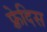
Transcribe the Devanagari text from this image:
फ़्रेदिस